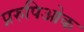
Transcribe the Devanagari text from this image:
प्ररुपिओक